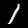
Label: 1